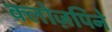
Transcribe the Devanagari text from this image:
क्लोज़पिने